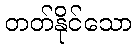
တတ်နိုင်သော